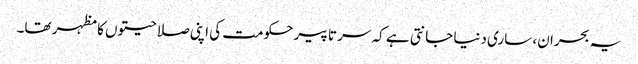
یہ بحران، ساری دنیا جانتی ہے کہ سر تا پیر حکومت کی اپنی صلاحیتوں کا مظہر تھا۔